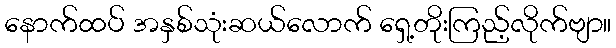
နောက်ထပ် အနှစ်သုံးဆယ်လောက် ရှေ့တိုးကြည့်လိုက်ဗျာ။